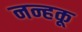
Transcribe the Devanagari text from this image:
नन्हकू